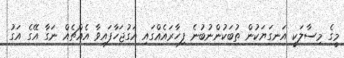
މީގެ މިސާލަކީ އަނގަޔަކުން ތުބަކުންނުބުނެ ފިހާރައެއްގައި އަގުޖަހާފައިވާ އެއްޗެއް ނަގާ އޭގެ އަގު